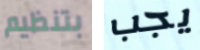
بتنظيم يجب